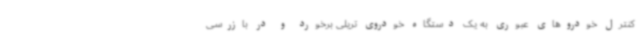
کنترل خودروهای عبوری به یک دستگاه خودروی تریلی برخورد و در بازرسی